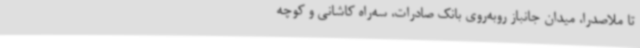
تا ملاصدرا، میدان جانباز روبه‌روی بانک صادرات، سه‌راه کاشانی و کوچه